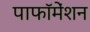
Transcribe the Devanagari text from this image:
पाफॉमेंशन